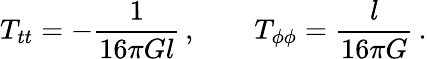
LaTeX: T_{tt}=-\frac{1}{16\pi Gl}\, ,\qquad T_{\phi\phi}=\frac{l}{16\pi G}\, .